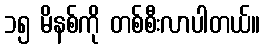
၁၅ မိနစ်ကို တစ်စီးလာပါတယ်။